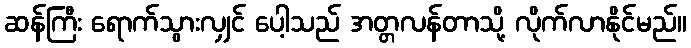
ဆန်ကြီး ရောက်သွားလျှင် ပေါ့သည် အတ္တလန်တာသို့ လိုက်လာနိုင်မည်။